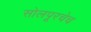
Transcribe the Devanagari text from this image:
सोलपूरचेच